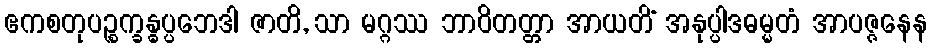
ဧကစတုပဉ္စက္ခန္ဓပ္ပဘေဒါ ဇာတိ, သာ မဂ္ဂဿ ဘာဝိတတ္တာ အာယတိံ အနုပ္ပါဒဓမ္မတံ အာပဇ္ဇနေန